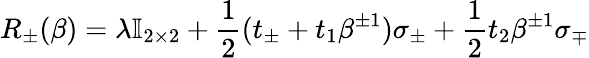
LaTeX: R_{\pm}(\beta)=\lambda\mathbb{I}_{2\times 2}+\frac{1}{2}(t_{\pm}+t_{1}\beta^{\pm 1})\sigma_{\pm}+\frac{1}{2}t_{2}\beta^{\pm 1}\sigma_{\mp}